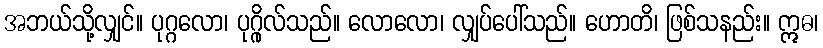
အဘယ်သို့လျှင်။ ပုဂ္ဂလော၊ ပုဂ္ဂိုလ်သည်။ လောလော၊ လျှပ်ပေါ်သည်။ ဟောတိ၊ ဖြစ်သနည်း။ ဣဓ၊